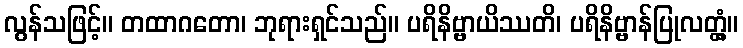
လွန်သဖြင့်။ တထာဂတော၊ ဘုရားရှင်သည်။ ပရိနိဗ္ဗာယိဿတိ၊ ပရိနိဗ္ဗာန်ပြုလတ္တံ့။